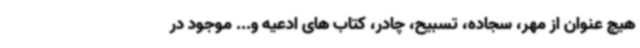
هیچ عنوان از مهر، سجاده، تسبیح، چادر، کتاب های ادعیه و... موجود در